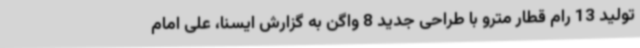
تولید 13 رام قطار مترو با طراحی جدید 8 واگن به گزارش ایسنا، علی امام